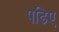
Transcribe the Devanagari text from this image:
पढिए